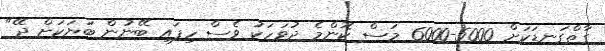
ގާތްގަނޑަކަށް 5000-6000 މަސް ކޮންމެ ދުވަހަކު ވެސް ހިފައި ބޭނުން ބަޔަކަށް ދޭ"